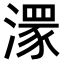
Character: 𣽁